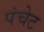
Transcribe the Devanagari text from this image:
पंचेट